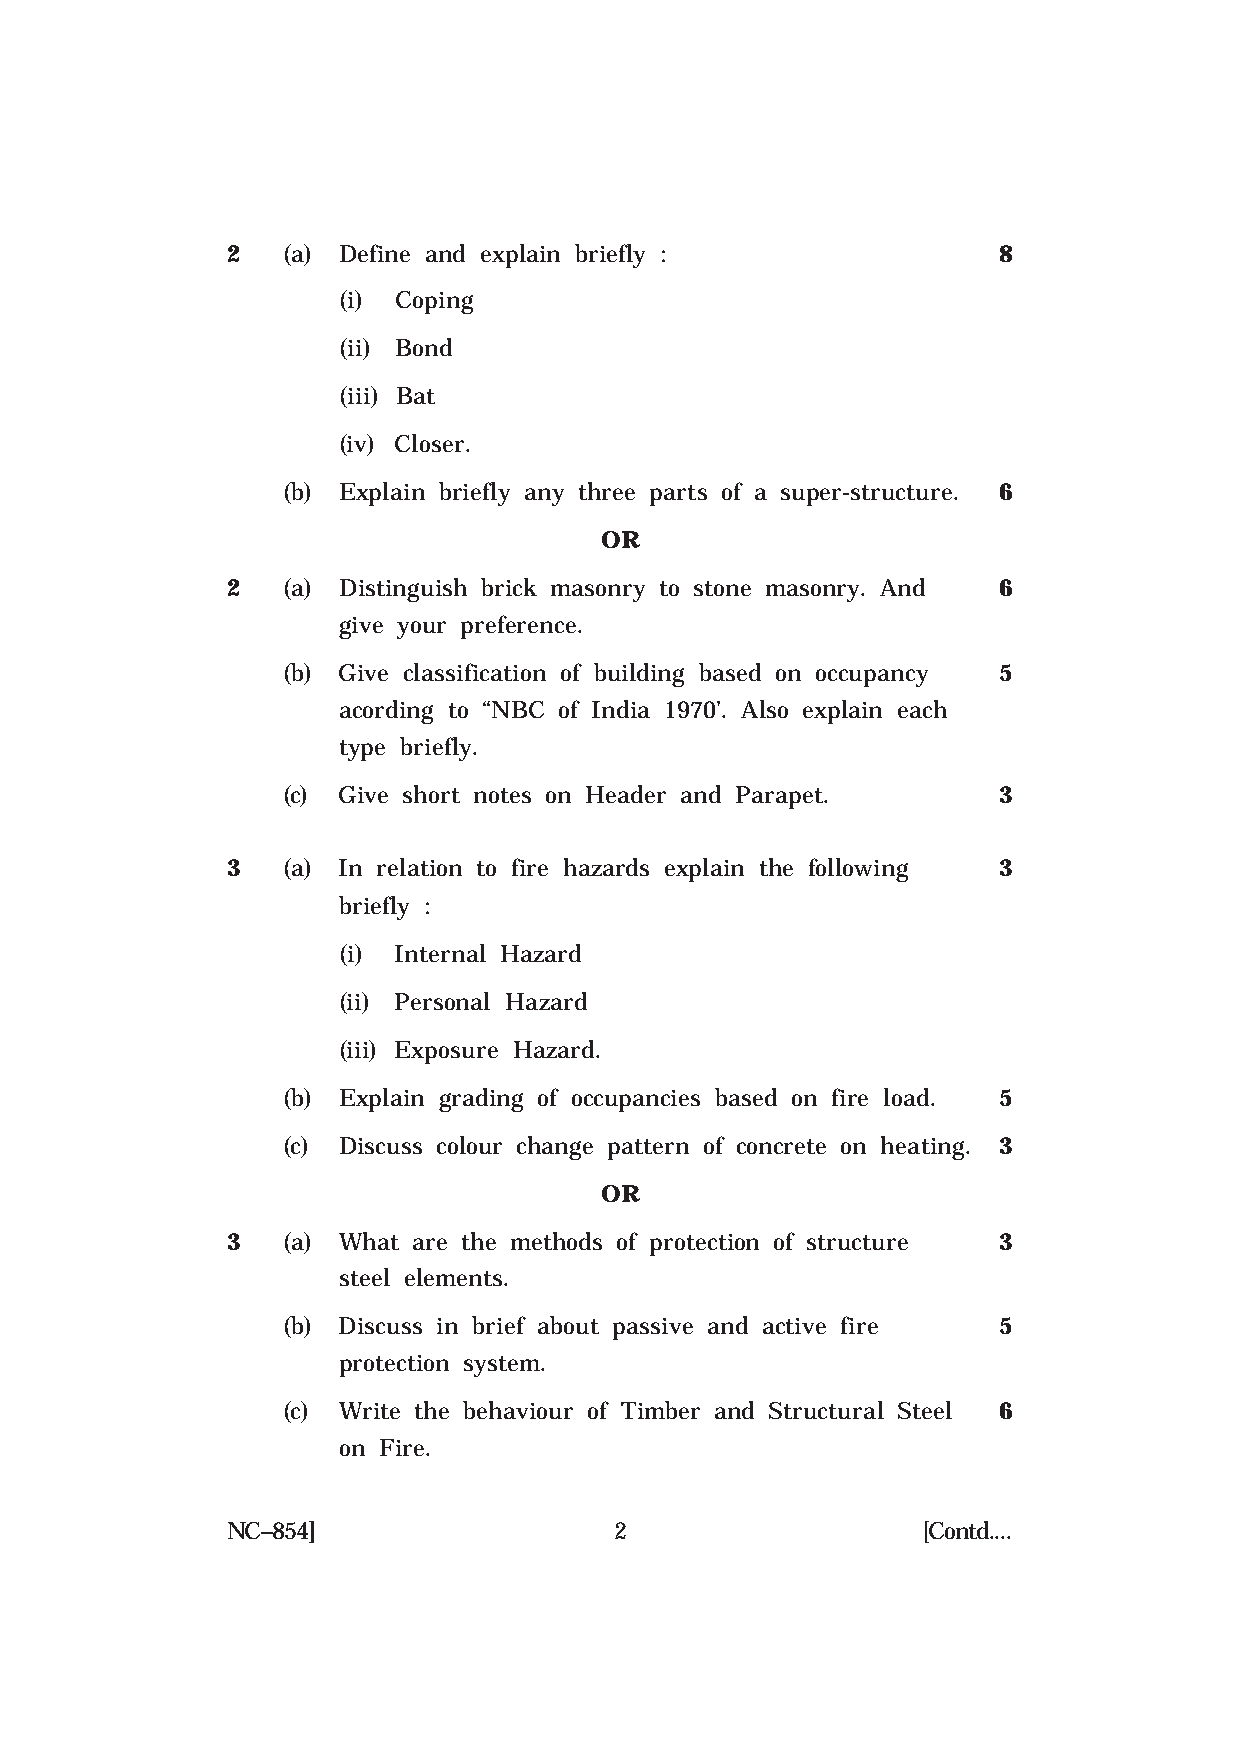
2   (a) Define and explain briefly :               8
 (i) Coping
 (ii) Bond
 (iii) Bat
 (iv) Closer.
 (b) Explain briefly any three parts of a super-structure. 6
 OR
 2   (a) Distinguish brick masonry to stone masonry. And 6
 give your preference.
 (b) Give classification of building based on occupancy 5
 acording to “NBC of India 1970’. Also explain each
 type briefly.
 (c) Give short notes on Header and Parapet.    3
 3   (a) In relation to fire hazards explain the following 3
 briefly :
 (i) Internal Hazard
 (ii) Personal Hazard
 (iii) Exposure Hazard.
 (b) Explain grading of occupancies based on fire load. 5
 (c) Discuss colour change pattern of concrete on heating. 3
 OR
 3   (a) What are the methods of protection of structure 3
 steel elements.
 (b) Discuss in brief about passive and active fire 5
 protection system.
 (c) Write the behaviour of Timber and Structural Steel 6
 on Fire.
 NC–854]                   2                   [Contd....